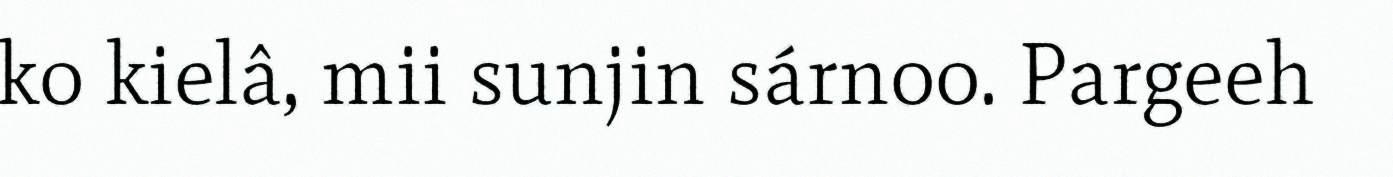
ko kielâ, mii sunjin sárnoo. Pargeeh